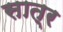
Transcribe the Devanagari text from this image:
सात्र